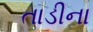
તાડીના